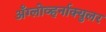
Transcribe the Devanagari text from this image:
अँग्लोव्हर्नाक्युलर